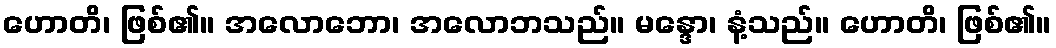
ဟောတိ၊ ဖြစ်၏။ အလောဘော၊ အလောဘသည်။ မန္ဒော၊ နံ့သည်။ ဟောတိ၊ ဖြစ်၏။